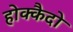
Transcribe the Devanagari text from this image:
होक्कैदो